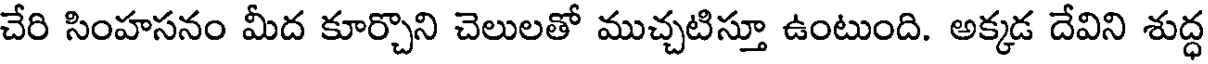
చేరి సింహసనం మీద కూర్చొని చెలులతో ముచ్చటిస్తూ ఉంటుంది. అక్కడ దేవిని శుద్ధ